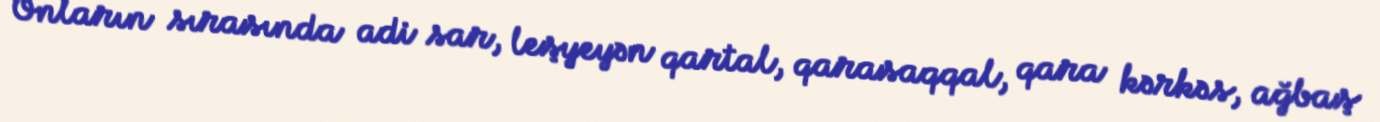
Onların sırasında adi sar, leşyeyən qartal, qarasaqqal, qara kərkəs, ağbaş